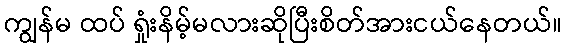
ကျွန်မ ထပ် ရှုံးနိမ့်မလားဆိုပြီးစိတ်အားငယ်နေတယ်။